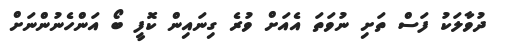
ދުވާލަކު ފަސް ތަށި ނުވަތަ އެއަށް ވުރެ ގިނައިން ކޮފީ ބޯ އަންހެނުންނަށް